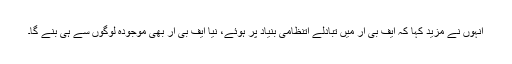
انہوں نے مزید کہا کہ ایف بی آر میں تبادلے اتنظامی بنیاد پر ہوئے، نیا ایف بی آر بھی موجودہ لوگوں سے ہی بنے گا۔